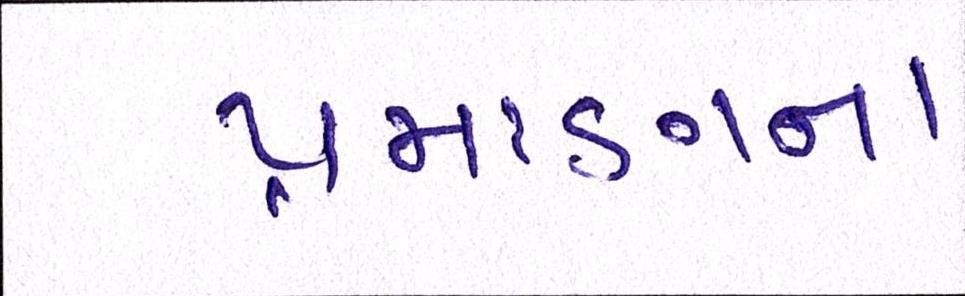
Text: પ્રમાણના